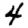
Digit: 4